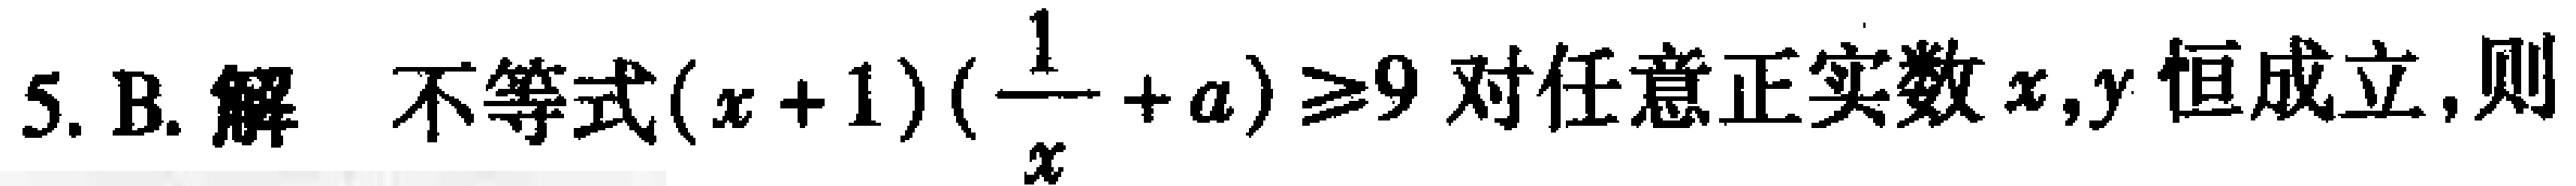
不等式\((x + 1)(\frac{1}{x}+a)\geq9\)对任意正实数\(x,y\)恒成立,则